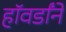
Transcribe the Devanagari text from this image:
हॉवर्डांने